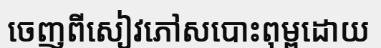
ចេញពីសៀវភៅសបោះពុម្ពដោយ